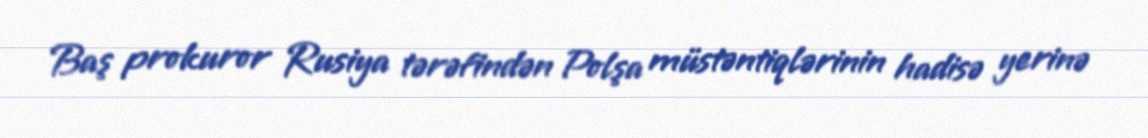
Baş prokuror Rusiya tərəfindən Polşa müstəntiqlərinin hadisə yerinə